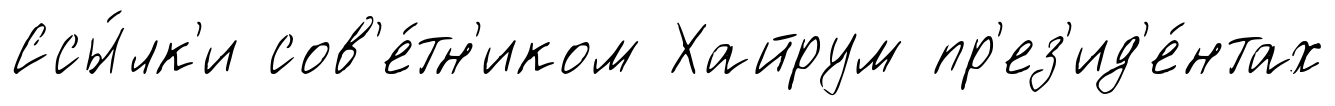
Ссы́лк'и сов'е́тн'иком Хайрум пр'ез'ид'е́нтах